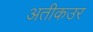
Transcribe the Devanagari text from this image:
अतीकउर